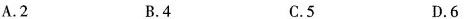
A.2 B.4 C.5 D.6